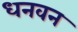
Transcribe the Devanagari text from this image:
धनवन